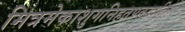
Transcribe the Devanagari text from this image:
मित्रमेकाशुगनिहतपतद्वालिनो